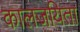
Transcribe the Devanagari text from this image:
कालजयिता